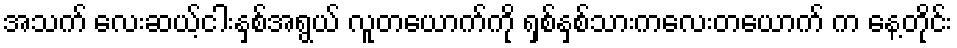
အသက် လေးဆယ့်ငါးနှစ်အရွယ် လူတယောက်ကို ရှစ်နှစ်သားကလေးတယောက် က နေ့တိုင်း